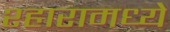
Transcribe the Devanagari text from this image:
श्हारामध्ये